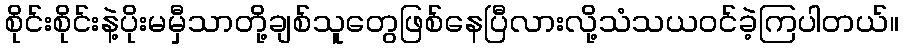
စိုင်းစိုင်းနဲ့ပိုးမမှီသာတို့ချစ်သူတွေဖြစ်နေပြီလားလို့သံသယဝင်ခဲ့ကြပါတယ်။